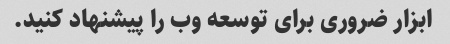
ابزار ضروری برای توسعه وب را پیشنهاد کنید.